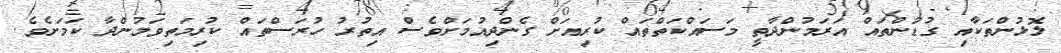
ލޮޅުންތަކާއި ގުޑުންތައް އަރަމުންދާތީ މަސައްކަތްތައް ކުރިއަށް ގެންދިއުމަށްވެސް އިތުރު ހުރަސްތައް ކުރިމަތިވަމުންދާ ކަމަށެވެ.